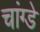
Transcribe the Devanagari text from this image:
चांग्डे